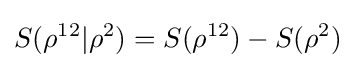
S(\rho ^{12}|\rho ^{2})=S(\rho ^{12})-S(\rho ^{2})